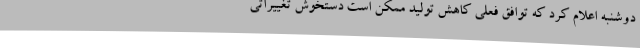
دوشنبه اعلام کرد که توافق فعلی کاهش تولید ممکن است دستخوش تغییراتی